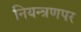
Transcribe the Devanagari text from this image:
नियन्त्रणपर